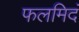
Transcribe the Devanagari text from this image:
फलमिदं